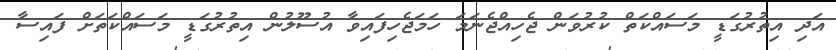
އަދި އިތުރުގަޑީ މަސައްކަތް ކުރުވަން ޖެހިއްޖެނަމަ ހަމަޖެހިފައިވާ އުސޫލުން އިތުރުގަޑީ މަސައްކަތަށް ފައިސާ